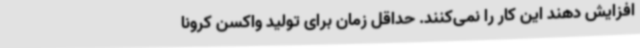
افزایش دهند این کار را نمی‌کنند. حداقل زمان برای تولید واکسن کرونا